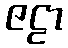
ဇဠာ